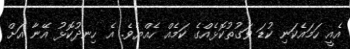
އެއީ ހަމައެކަނި ކުޑަ ވަގުތުކޮޅެއްގެ ކަމެއް ހެއްޔެވެ. އެ ހިނދުކޮޅު އޭނާ އަށް